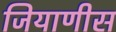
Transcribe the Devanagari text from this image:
जियाणीस